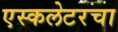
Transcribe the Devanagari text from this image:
एस्कलेटरचा